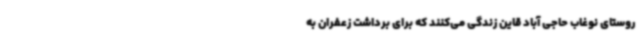
روستای نوغاب حاجی آباد قاین زندگی می‌کنند که برای برداشت زعفران به